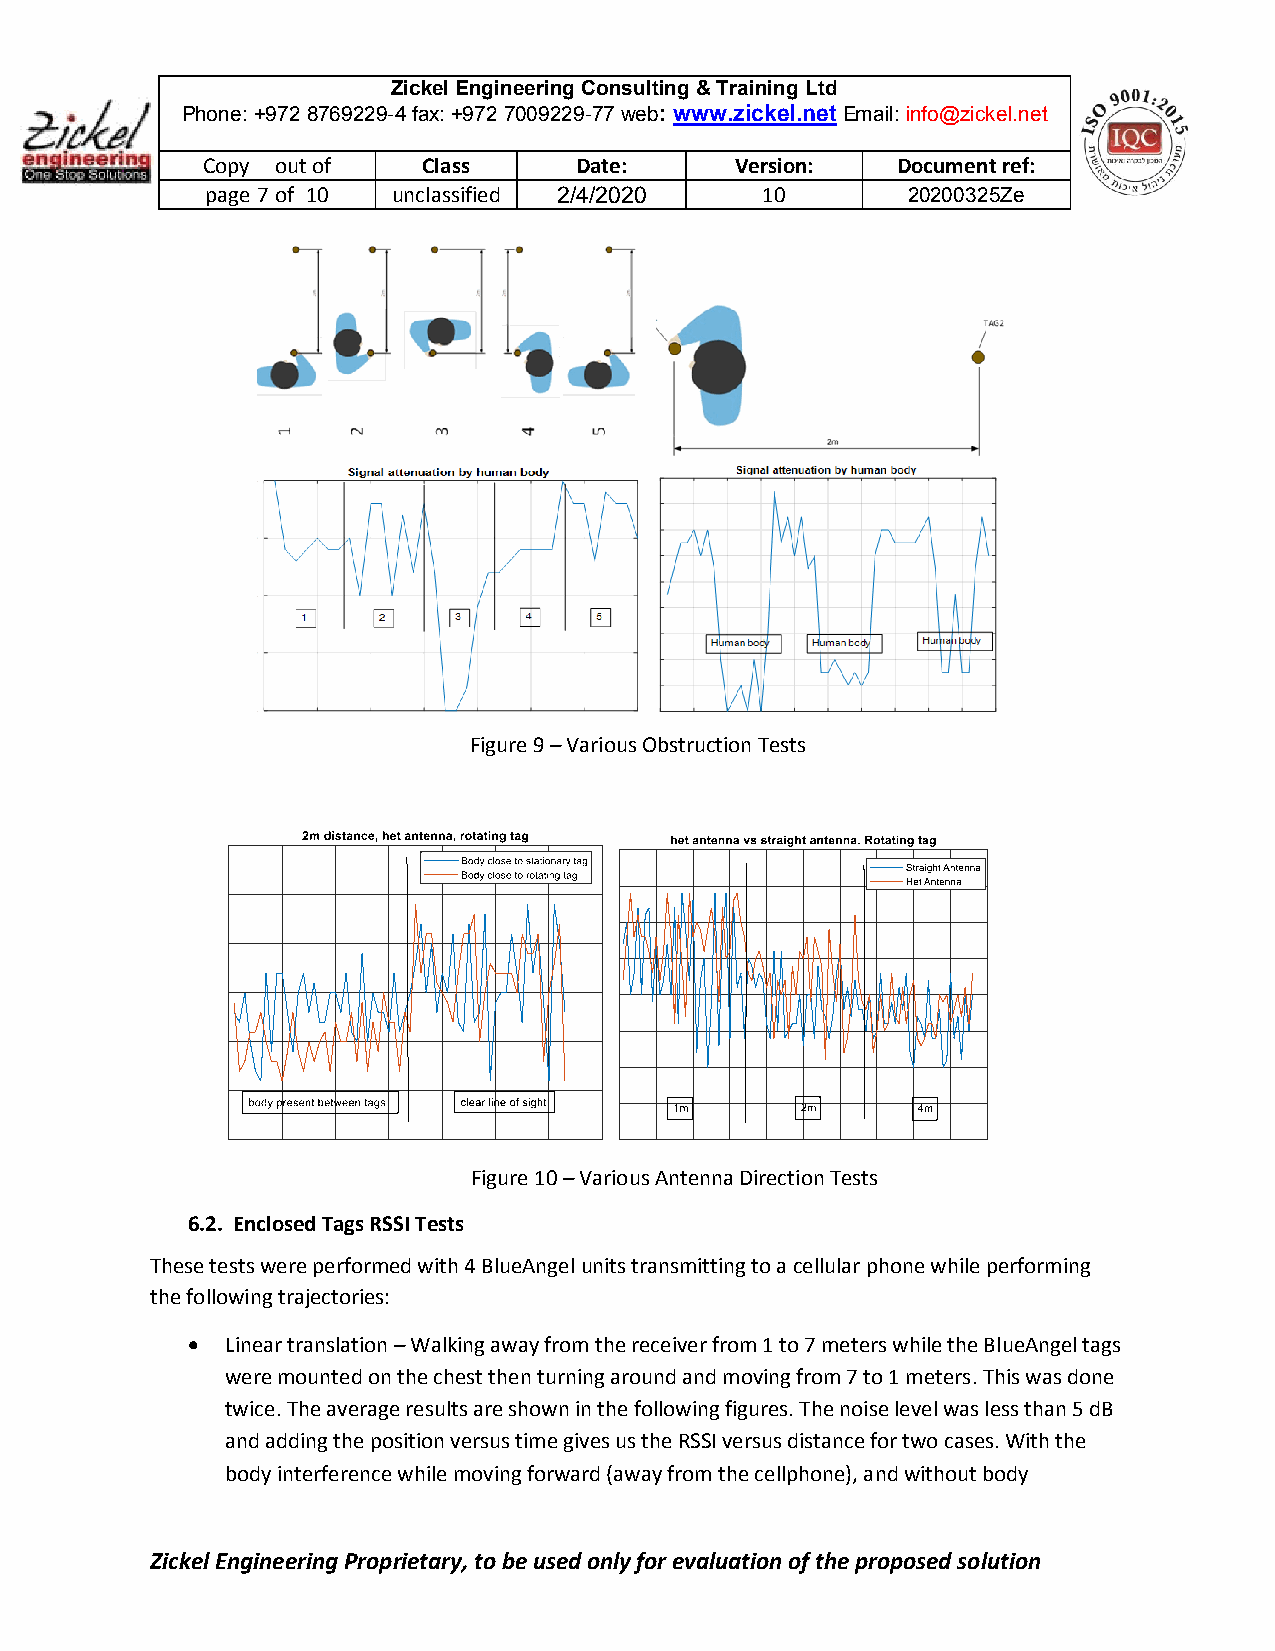
Zickel Engineering Consulting & Training Ltd
 Phone: +972 8769229-4 fax: +972 7009229-77 web: www.zickel.net Email: info@zickel.net
 Copy out of    Class     Date:      Version:  Document ref:
 page 7 of 10 unclassified 2/4/2020  10        20200325Ze
 Figure 9 – Various Obstruction Tests
 Figure 10 – Various Antenna Direction Tests
 6.2. Enclosed Tags RSSI Tests
 These tests were performed with 4 BlueAngel units transmitting to a cellular phone while performing
 the following trajectories:
   Linear translation – Walking away from the receiver from 1 to 7 meters while the BlueAngel tags
 were mounted on the chest then turning around and moving from 7 to 1 meters. This was done
 twice. The average results are shown in the following figures. The noise level was less than 5 dB
 and adding the position versus time gives us the RSSI versus distance for two cases. With the
 body interference while moving forward (away from the cellphone), and without body
 Zickel Engineering Proprietary, to be used only for evaluation of the proposed solution